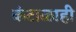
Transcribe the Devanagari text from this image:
कंटाळाही